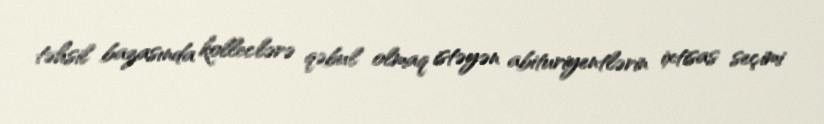
təhsil bazasında kolleclərə qəbul olmaq istəyən abituriyentlərin ixtisas seçimi